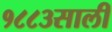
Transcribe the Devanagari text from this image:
१८८३साली